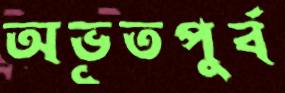
অভূতপুর্ব